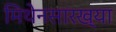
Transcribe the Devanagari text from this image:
मिथेनसारख्या